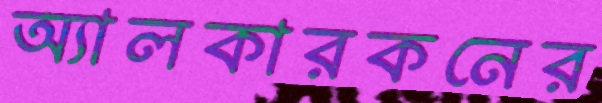
অ্যালকারকনের